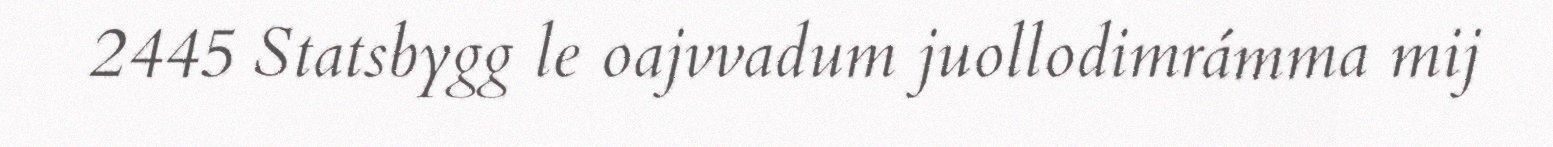
2445 Statsbygg le oajvvadum juollodimrámma mij